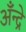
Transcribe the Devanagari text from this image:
अँन्द्रे